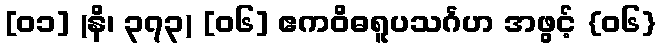
[၀၁] (နိ၊ ၃၇၃) [၀၆] ဧကဝိဓရူပသင်္ဂဟ အဖွင့် {၀၆}